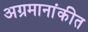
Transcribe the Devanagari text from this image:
अग्रमानांकीत